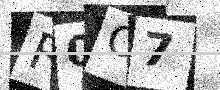
Text: R0O7